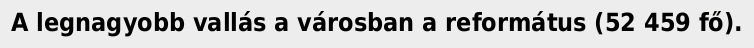
A legnagyobb vallás a városban a református (52 459 fő).